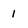
Character: 1